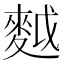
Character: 𪌝